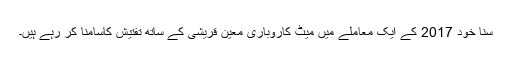
سنا خود 2017 کے ایک معاملے میں میٹ کاروباری معین قریشی کے ساتھ تفتیش کاسامنا کر رہے ہیں۔